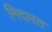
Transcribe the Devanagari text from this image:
निदारत